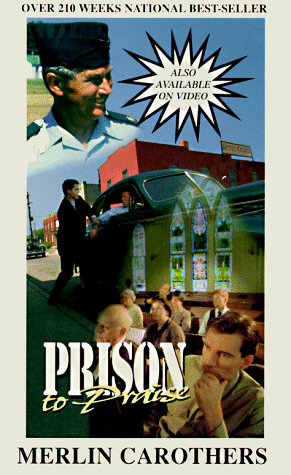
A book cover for Prison to Praise; Merlin R. Carothers; Christian Books & Bibles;